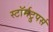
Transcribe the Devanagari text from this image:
स्टॉर्मट्रुपर्स